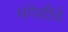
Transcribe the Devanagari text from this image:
मंगेशीचे